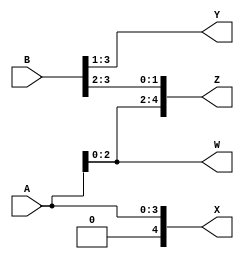
// Ch05 vector.v
// Vqs (yhz)

module vector (A, B, W, X, Y, Z);
input  [3:0] A;       		// A |J
input  [4:0] B;        		// B J
output [2:0] W;       		// W TX 
output [4:0] X;   		// X X 
output [2:0] Y;   		// Y TX 
output [4:0] Z;   		// Z X 

assign W = A;			// A[3] Qh
assign X = A; 			// X[4]  0 
assign Y = B[3:1];		// s	Y2  Y1  Y0
				//              B3  B2  B1
assign Z = {A[2:0],B[3:2]};	// 		Z4  Z3  Z2  Z1  Z0
				//              A2  A1  A0  B3  B2
endmodule